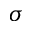
\sigma